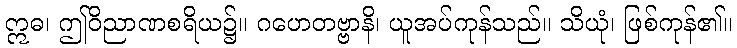
ဣဓ၊ ဤဝိညာဏစရိယ၌။ ဂဟေတဗ္ဗာနိ၊ ယူအပ်ကုန်သည်။ သိယုံ၊ ဖြစ်ကုန်၏။